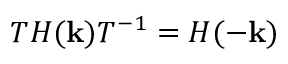
{ \cal T } H ( { \bf k } ) { \cal T } ^ { - 1 } = H ( - { \bf k } )